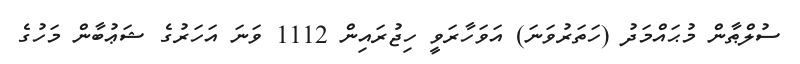
ސުލްޠާން މުޙައްމަދު (ހަތަރުވަނަ) އަވަހާރަވީ ހިޖުރައިން 1112 ވަނަ އަހަރުގެ ޝަޢުބާން މަހުގެ